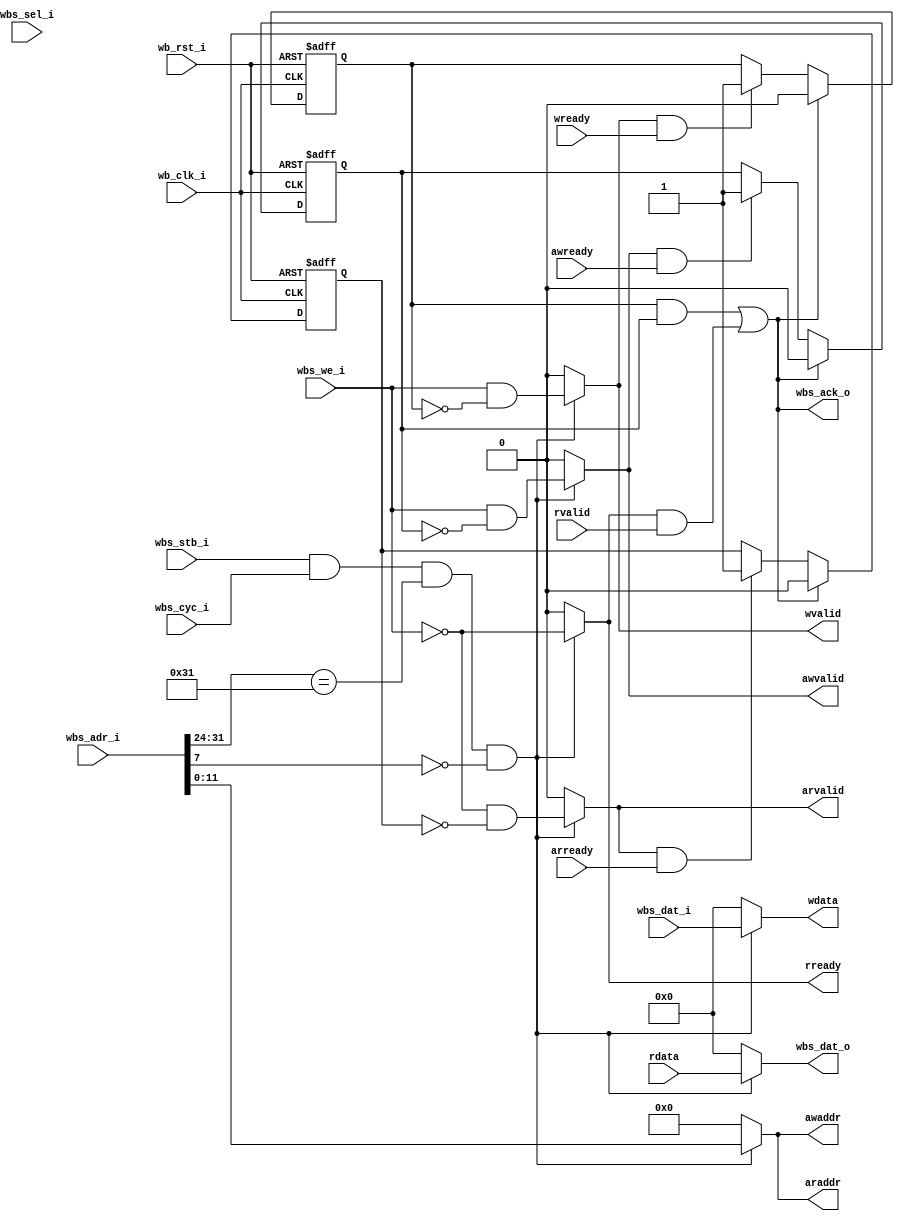
module WBToAXI(
    // WB
    input wb_clk_i,
    input wb_rst_i,
    input wbs_stb_i,
    input wbs_cyc_i,
    input wbs_we_i,
    input [3:0] wbs_sel_i,
    input [31:0] wbs_dat_i,
    input [31:0] wbs_adr_i,
    output wbs_ack_o,
    output reg [31:0] wbs_dat_o,

    // AXI LITE
    input awready,
    input wready,
    output reg awvalid,
    output reg [11:0] awaddr,
    output reg wvalid,
    output reg [31:0] wdata,

    input arready,
    output reg rready,
    output reg arvalid,
    output reg [11:0] araddr,
    input rvalid,
    input [31:0] rdata
);

reg wbs_ack_o;
wire fir_valid;
wire fir_axil;
reg aw_handshaked;
reg w_handshaked;
reg ar_handshaked;

assign fir_valid = (wbs_stb_i == 1 && wbs_cyc_i == 1 && wbs_adr_i[31:24] == 'h31);
assign fir_axil = wbs_adr_i[7] == 0;

always@(posedge wb_clk_i or posedge wb_rst_i)begin
    if(wb_rst_i)begin
        aw_handshaked   <= 0;
        w_handshaked    <= 0;
        ar_handshaked   <= 0;
    end
    else begin
        if(wbs_ack_o)               aw_handshaked <= 0;
        else if(awvalid && awready) aw_handshaked <= 1;
        else                        aw_handshaked <= aw_handshaked;

        if(wbs_ack_o)               w_handshaked <= 0;
        else if(wvalid && wready)   w_handshaked <= 1;
        else                        w_handshaked <= w_handshaked;

        if(wbs_ack_o)               ar_handshaked <= 0;
        else if(arvalid && arready) ar_handshaked <= 1;
        else                        ar_handshaked <= ar_handshaked;
    end
end

// AXI LITE write
    // input awready,
    // input wready,
    // output awvalid,
    // output [11:0] awaddr,
    // output wvalid,
    // output [31:0] wdata,

always@(*) begin
    if(fir_valid && fir_axil) begin
        // awvalid
        awvalid = (wbs_we_i && !aw_handshaked);
        // wvalid
        wvalid = (wbs_we_i && !w_handshaked);
        // awaddr
        awaddr = wbs_adr_i[11:0];
        // wdata
        wdata = wbs_dat_i;

    end else begin
        awvalid = 0;
        awaddr  = 0;
        wvalid  = 0;
        wdata   = 0;
    end
end

// AXI LITE read
    // input arready,
    // output rready,
    // output arvalid,
    // output [11:0] araddr,
    // input rvalid,
    // input [31:0] rdata,

always@(*) begin
    if(fir_valid && fir_axil) begin
        // rready
        rready = (!wbs_we_i);
        // arvalid
        arvalid = (!wbs_we_i && !ar_handshaked);
        // araddr
        araddr = wbs_adr_i[11:0];

    end else begin
        rready  = 0;
        arvalid = 0;
        araddr  = 0;
    end
end

// ack to wb and wbs_dat_o
always@(*) begin
    wbs_dat_o = 0;

    if(fir_valid && fir_axil)
        wbs_dat_o = rdata;

    wbs_ack_o = ((w_handshaked == 1 && aw_handshaked == 1) 
              || (rready == 1 && rvalid == 1));
end

endmodule